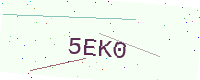
Text: 5EK0